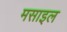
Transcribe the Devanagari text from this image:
मसाइल